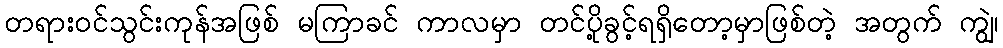
တရားဝင်သွင်းကုန်အဖြစ် မကြာခင် ကာလမှာ တင်ပို့ခွင့်ရရှိတော့မှာဖြစ်တဲ့ အတွက် ကျွဲ၊